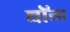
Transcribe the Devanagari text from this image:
बॉग